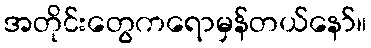
အတိုင်းတွေကရောမှန်တယ်နော်။